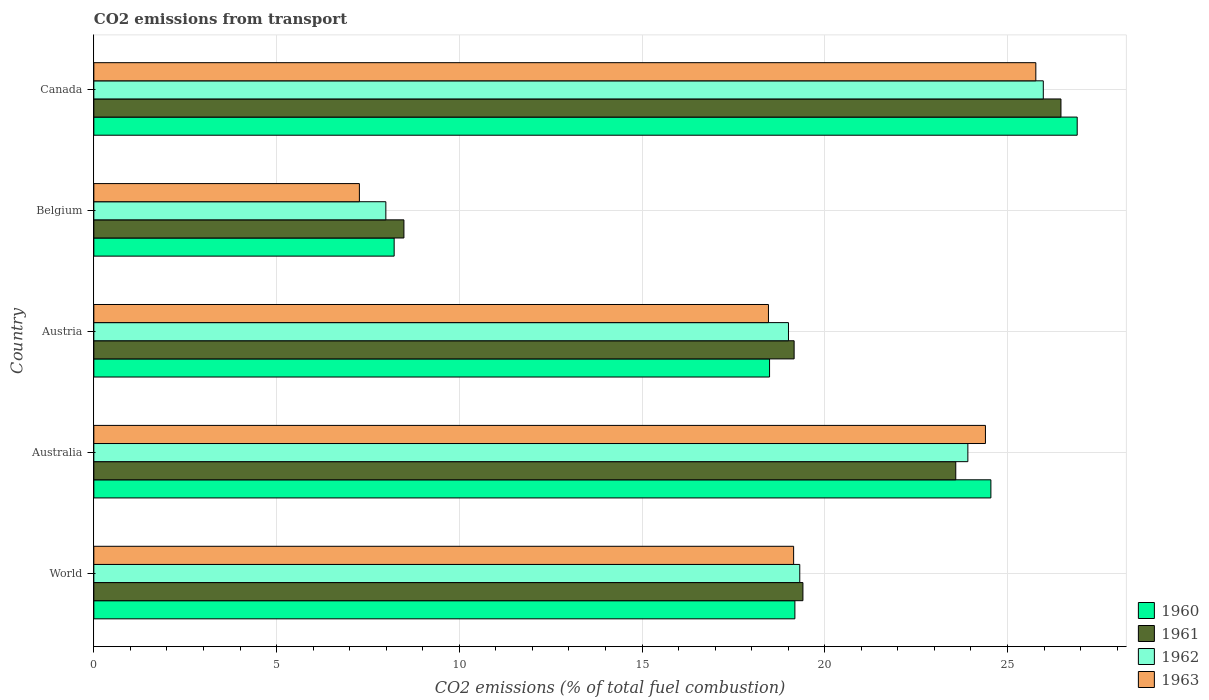
| Country | 1960 | 1961 | 1962 | 1963 |
 | --- | --- | --- | --- | --- |
 | World | 19.2 | 19.4 | 19.3 | 19.1 |
 | Australia | 24.5 | 23.6 | 23.9 | 24.4 |
 | Austria | 18.5 | 19.2 | 19 | 18.5 |
 | Belgium | 8.22 | 8.49 | 7.99 | 7.27 |
 | Canada | 26.9 | 26.5 | 26 | 25.8 |